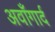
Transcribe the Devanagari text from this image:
अवाँगार्द